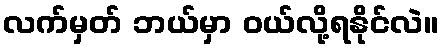
လက်မှတ် ဘယ်မှာ ဝယ်လို့ရနိုင်လဲ။